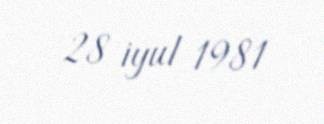
28 iyul 1981